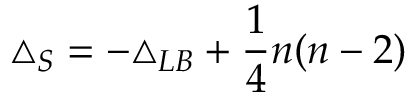
\triangle _ { S } = - \triangle _ { L B } + { \frac { 1 } { 4 } } n ( n - 2 )